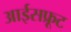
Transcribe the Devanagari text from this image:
आईसफ्रूट